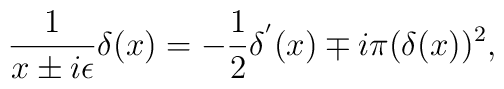
\frac{1}{x \pm i\epsilon}\delta(x)=-\frac{1}{2}\delta^{'}(x) \mp i\pi(\delta(x))^{2},